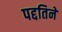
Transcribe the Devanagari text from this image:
पद्दतिने